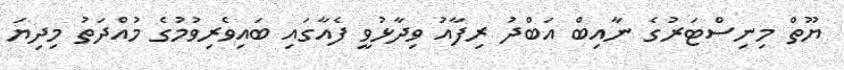
ޔޫތް މިނިސްޓަރުގެ ނާއިބް އަބްދު ރިފާއު ވިދާޅުވީ ފެއާގައި ބައިވެރިވުމުގެ މުއްދަތު މިދިޔަ